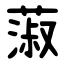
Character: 蔋